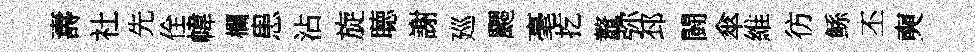
夀社先佺幃欄患沾旋聴謝廵颸毫扢鼇弥邳闘傘維彷鲧丕奭